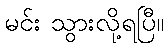
မင်း သွားလို့ရပြီ။